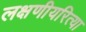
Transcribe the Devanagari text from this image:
लक्षणीयरित्या